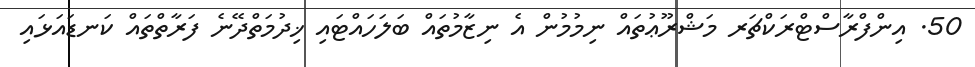
50. އިންފްރާސްޓްރަކްޗަރ މަޝްރޫޢުތައް ނިމުމުން އެ ނިޒާމުތައް ބަލަހައްޓައި ޚިދުމަތްދޭނެ ފަރާތްތައް ކަނޑައަޅައި